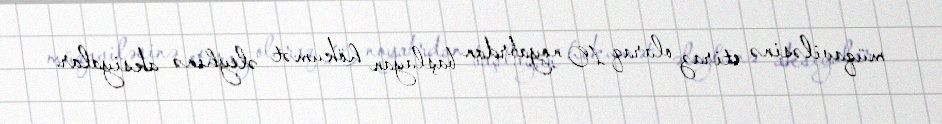
müqaviləsinə etiraz olaraq 10 noyabrdan başlayan hökumət əleyhinə aksiyalar.